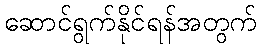
ဆောင်ရွက်နိုင်ရန်အတွက်